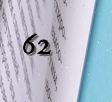
62